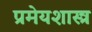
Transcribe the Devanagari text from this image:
प्रमेयशास्त्र